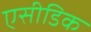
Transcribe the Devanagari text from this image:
एसीडिक